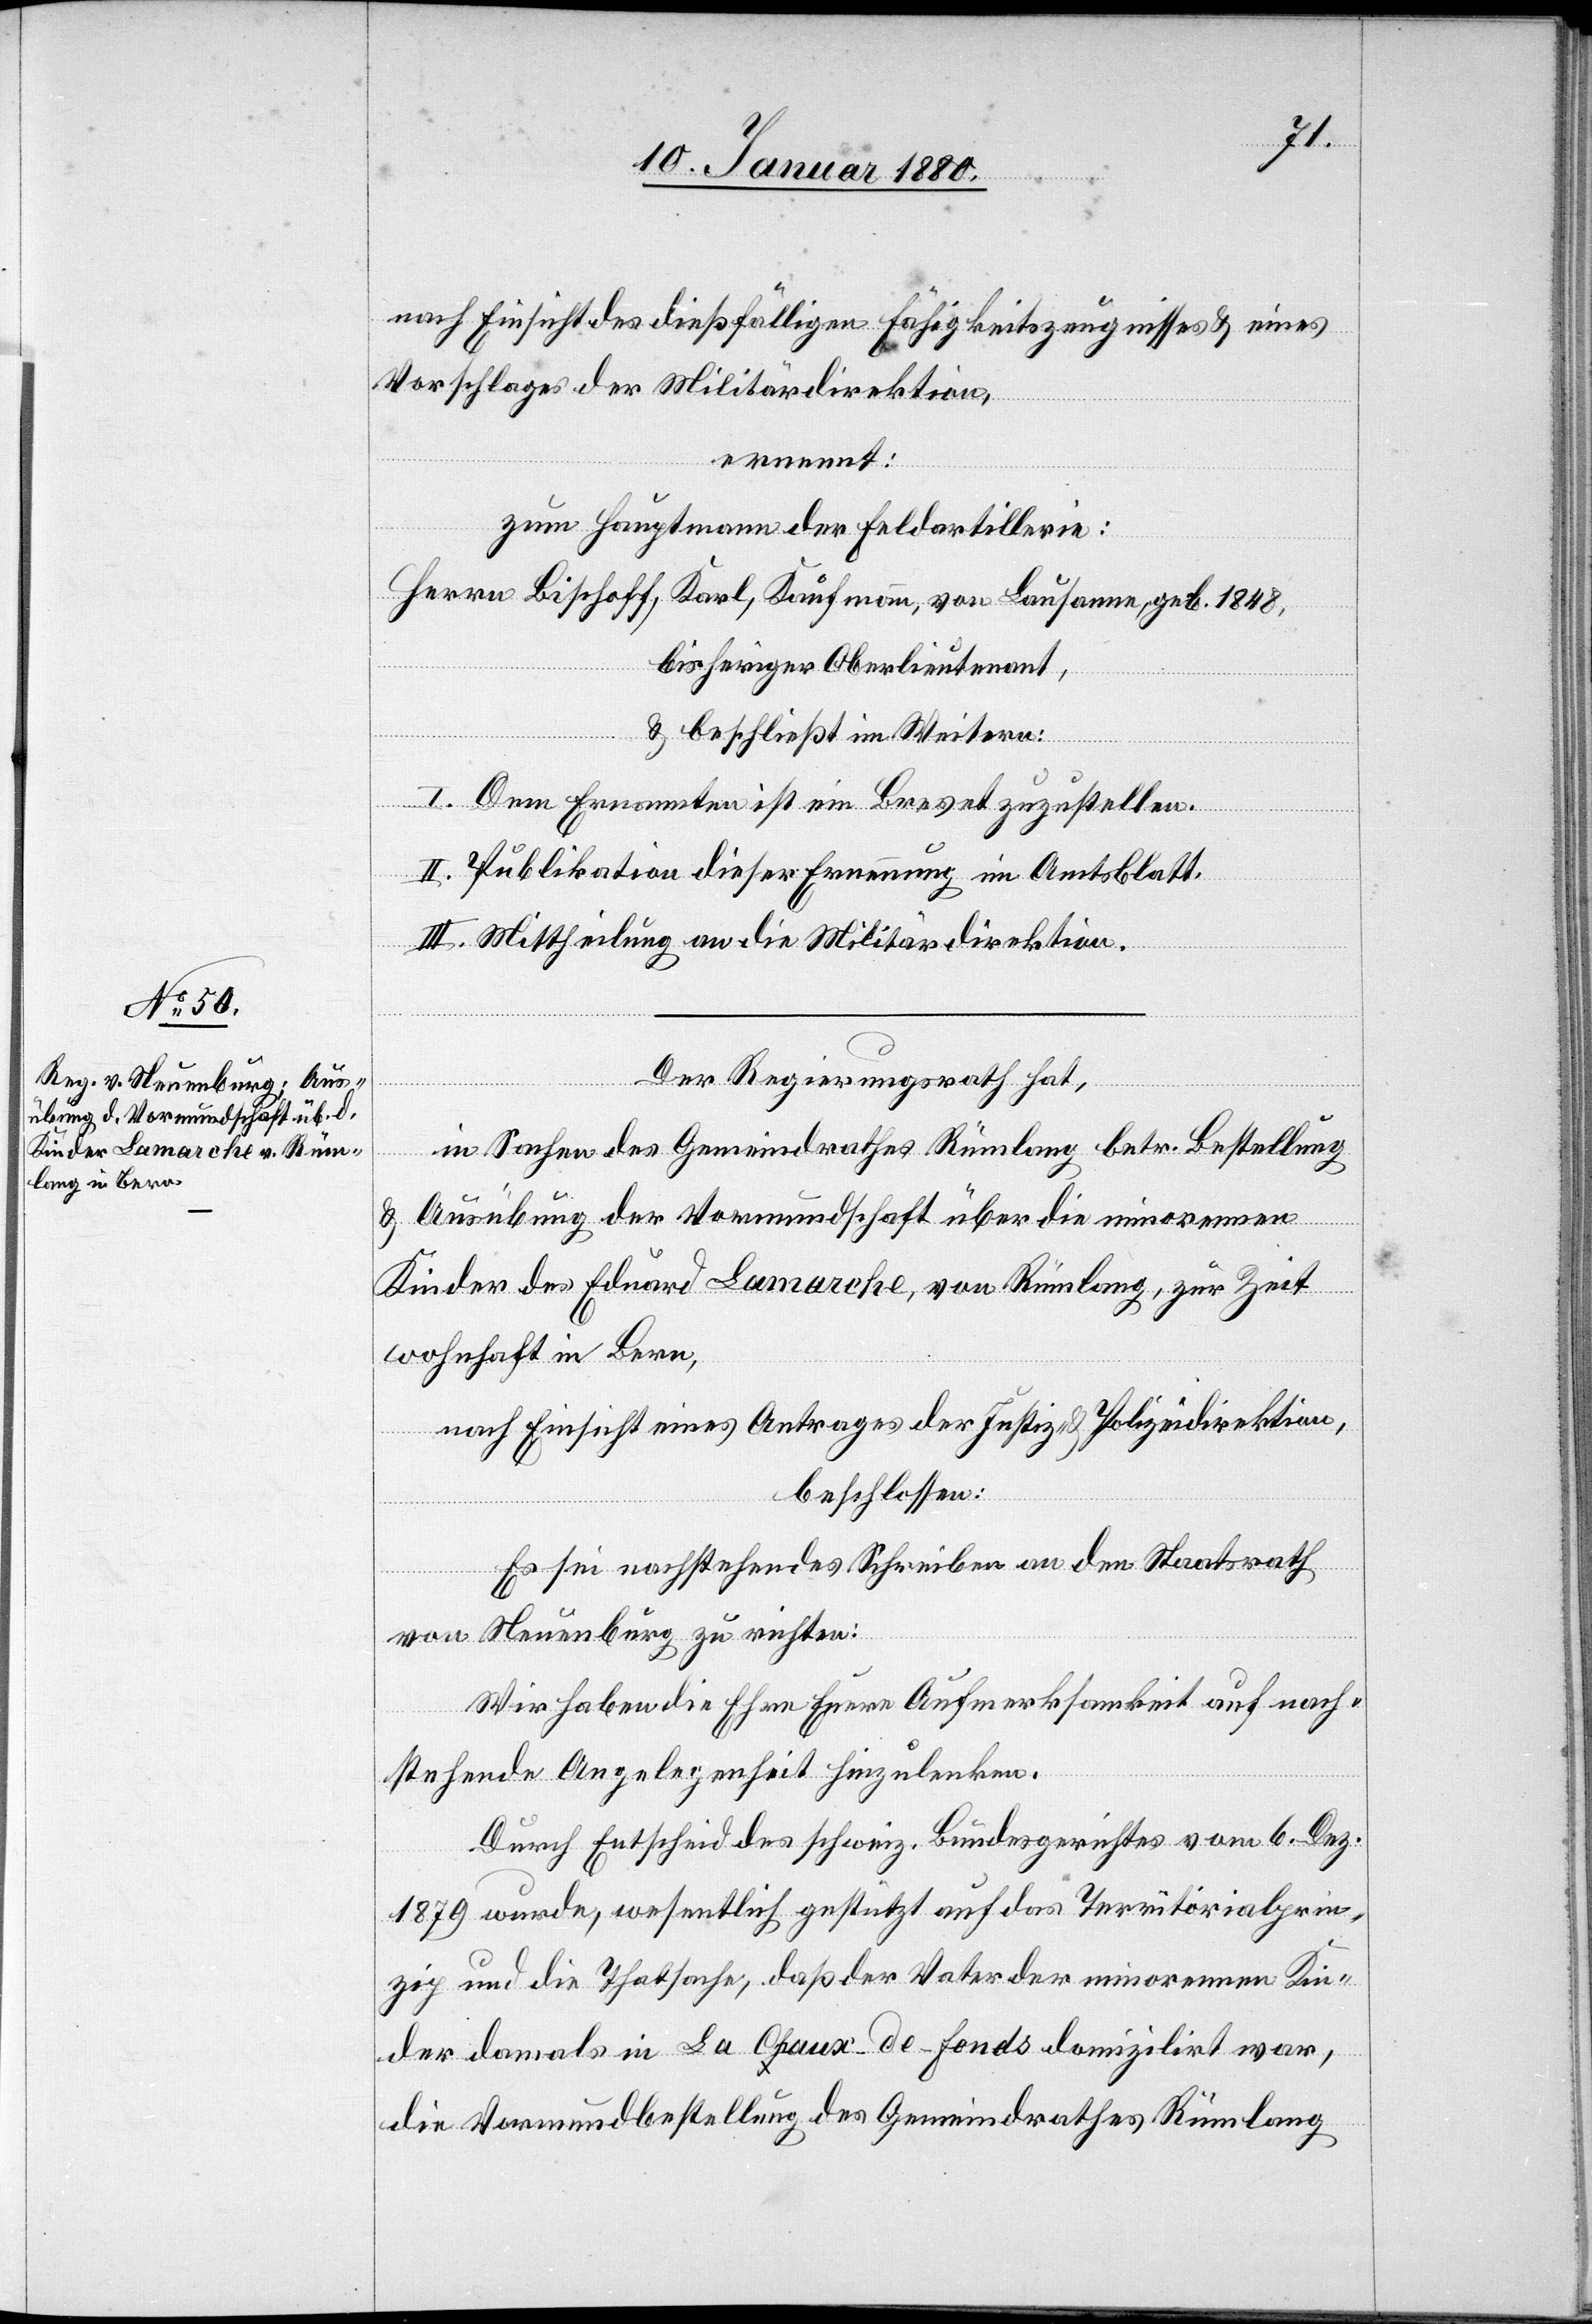
nach Einsicht des dießfälligen Fähigkeitszeugnisses & eines
Vorschlages der Militärdirektion,
ernennt:
zum Hauptmann der Feldartillerie:
Herrn Bischoff, Karl, Kaufmann, von Lausanne, geb. 1848,
bisherigen Oberlieutenant,
& beschließt im Weitern:
I. Dem Ernannten ist ein Brevet zuzustellen.
II. Publikation dieser Ernennung im Amtsblatt.
III. Mittheilung an die Militärdirektion.
Der Regierungsrath hat,
in Sachen des Gemeindrathes Rümlang betr. Bestellung
& Ausübung der Vormundschaft über die minorenen
Kinder des Eduard Lamarche, von Rümlang, zur Zeit
wohnhaft in Bern,
nach Einsicht eines Antrages der Justiz- & Polizeidirektion,
beschlossen:
Es sei nachstehendes Schreiben an den Staatsrath
von Neuenburg zu richten:
Wir haben die Ehre Eure Aufmerksamkeit auf nach¬
stehende Angelegenheit hinzulenken.
Durch Entscheid des schweiz. Bundesgerichtes vom 6. Dez.
1879 wurde, wesentlich gestützt auf das Territorialprin¬
zip und die Thatsache, daß der Vater der minorenen Kin¬
der damals in La Chaux-de-Fonds domizilirt war,
die Vormundschaft des Gemeindrathes Rümlang